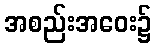
အစည်းအဝေး၌